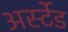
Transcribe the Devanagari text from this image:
अर्स्टेड